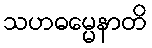
သဟဓမ္မေနာတိ